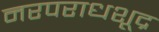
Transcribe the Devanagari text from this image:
नरपराधशूद्र